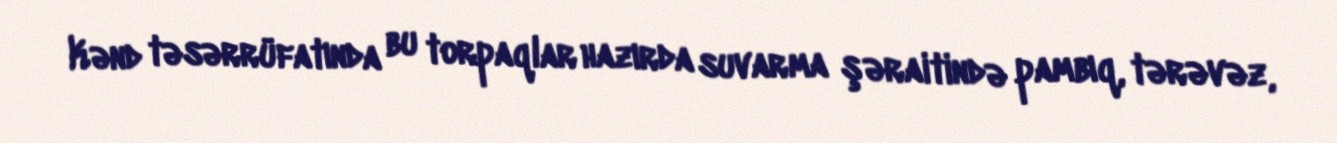
Kənd təsərrüfatında bu torpaqlar hazırda suvarma şəraitində pambıq, tərəvəz,